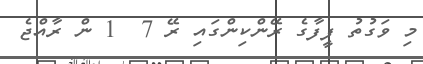
މި ވަގުތު ފީފާގެ ރޭންކިންގައި ރޭ 7  1 ން ރާއްޖެ